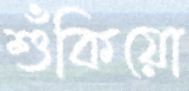
শুঁকিয়ো